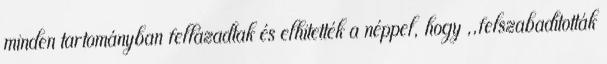
minden tartományban fellázadtak és elhitették a néppel, hogy ,,felszabadították